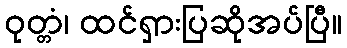
ဝုတ္တံ၊ ထင်ရှားပြဆိုအပ်ပြီ။